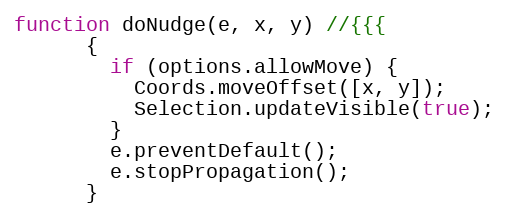
Language: JavaScript
function doNudge(e, x, y) //{{{
      {
        if (options.allowMove) {
          Coords.moveOffset([x, y]);
          Selection.updateVisible(true);
        }
        e.preventDefault();
        e.stopPropagation();
      }